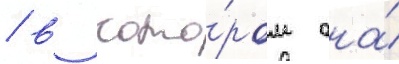
/ в кото́ром она́